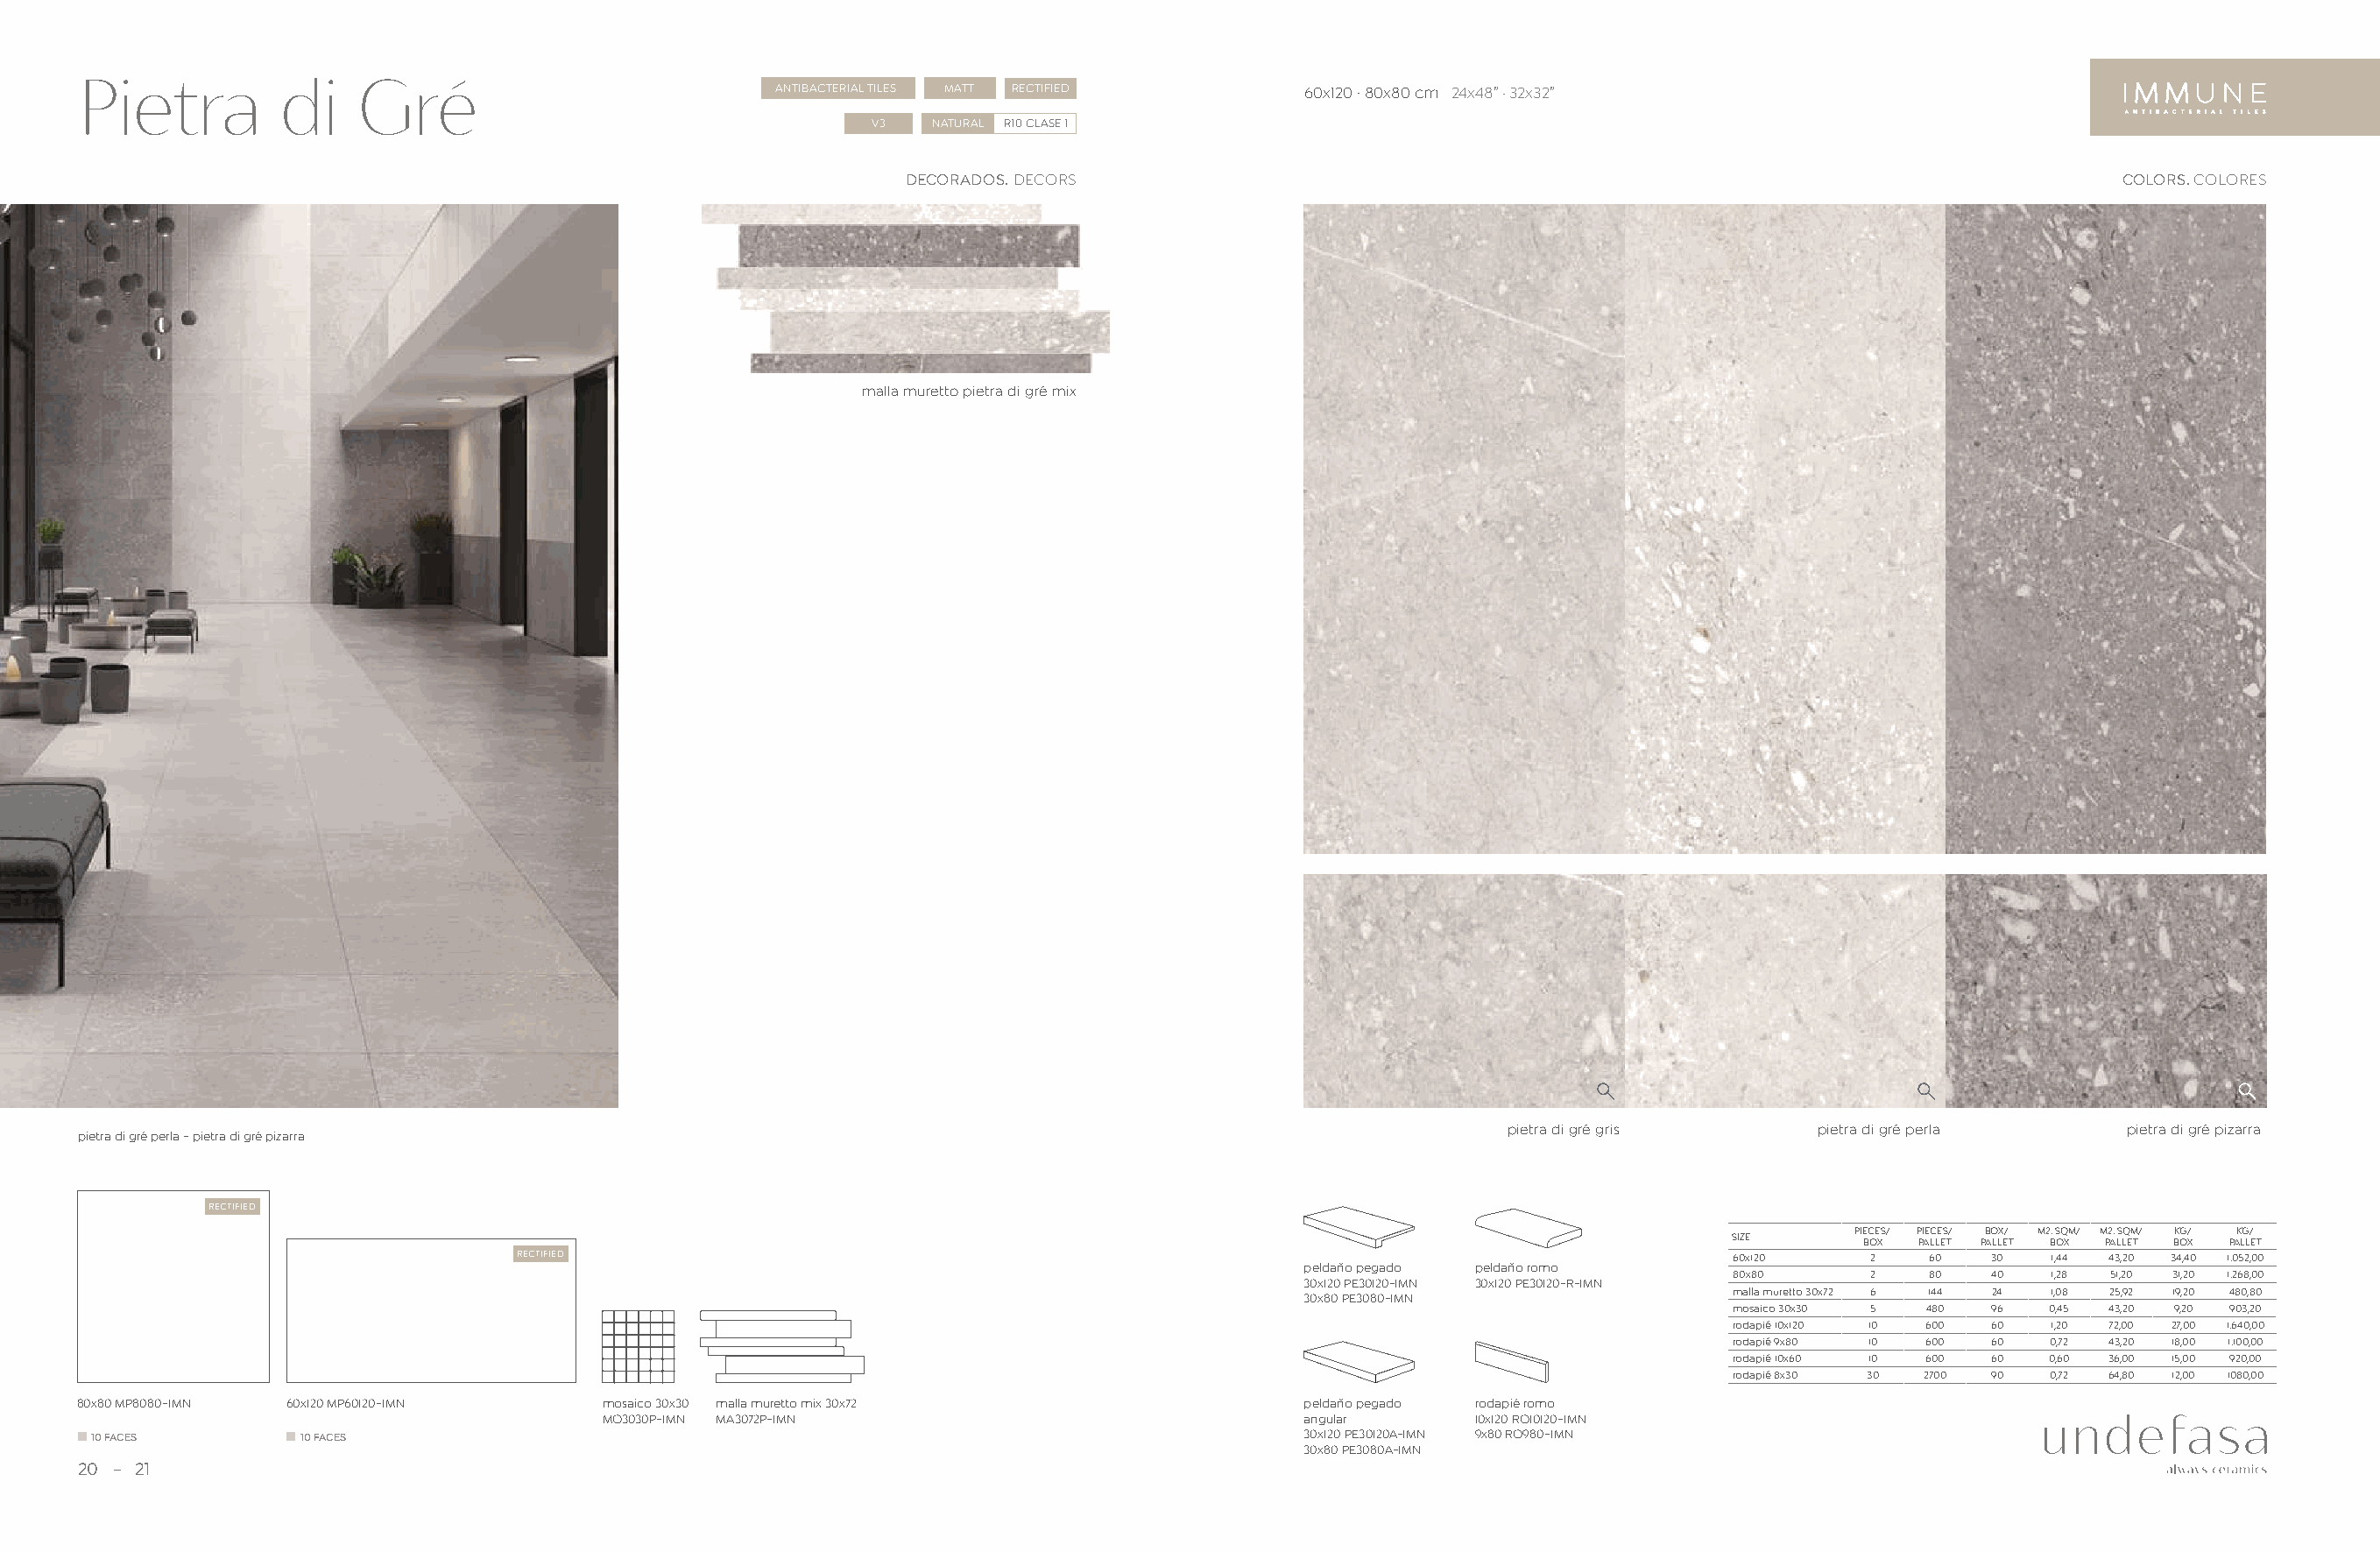
Pietra         di    Gré                             ANTIBACTERIAL TILES MATT RECTIFIED      60x120 · 80x80 cm 24x48” . 32x32”
 V3  NATURAL R10 CLASE 1
 DECORADOS. DECORS                                                                           COLORS. COLORES
 malla muretto pietra di gré mix
 pietra di gré gris     pietra di gré perla     pietra di gré pizarra
 pietra di gré perla - pietra di gré pizarra
 RECTIFIED
 PIECES/ PIECES/ BOX/ M2. SQM/ M2. SQM/ KG/ KG/
 SIZE      BOX PALLET PALLET BOX PALLET BOX PALLET
 RECTIFIED                                                                                   60x120    2    60  30   1,44 43,20 34,40 1.052,00
 peldaño pegado peldaño romo
 80x80     2    80  40   1,28 51,20 31,20 1.268,00
 30x120 PE30120-IMN 30x120 PE30120-R-IMN
 malla muretto 30x72 6 144 24 1,08 25,92 19,20 480,80
 30x80 PE3080-IMN
 mosaico 30x30 5 480 96  0,45 43,20 9,20 903,20
 rodapié 10x120 10 600 60 1,20 72,00 27,00 1.640,00
 rodapié 9x80 10 600 60  0,72 43,20 18,00 1.100,00
 rodapié 10x60 10 600 60 0,60 36,00 15,00 920,00
 rodapié 8x30 30 2700 90 0,72 64,80 12,00 1080,00
 80x80 MP8080-IMN 60x120 MP60120-IMN     mosaico 30x30 malla muretto mix 30x72                peldaño pegado rodapié romo
 MO3030P-IMN MA3072P-IMN                              angular     10x120 RO10120-IMN
 10 FACES        10 FACES                                                                    30x120 PE30120A-IMN 9x80 RO980-IMN
 30x80 PE3080A-IMN
 20  21